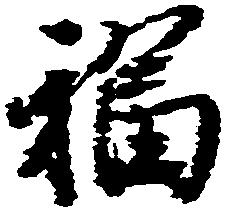
福